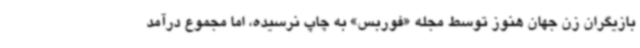
بازیگران زن جهان هنوز توسط مجله «فوربس» به چاپ نرسیده، اما مجموع درآمد